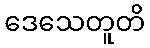
ဒေသေတူတိ